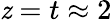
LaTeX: \mathit{z}=t\approx2